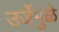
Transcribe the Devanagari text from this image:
उर्जेमुळे